Indian journal of veterinary science and animal husbandry - Volume 13,
Year: 1943
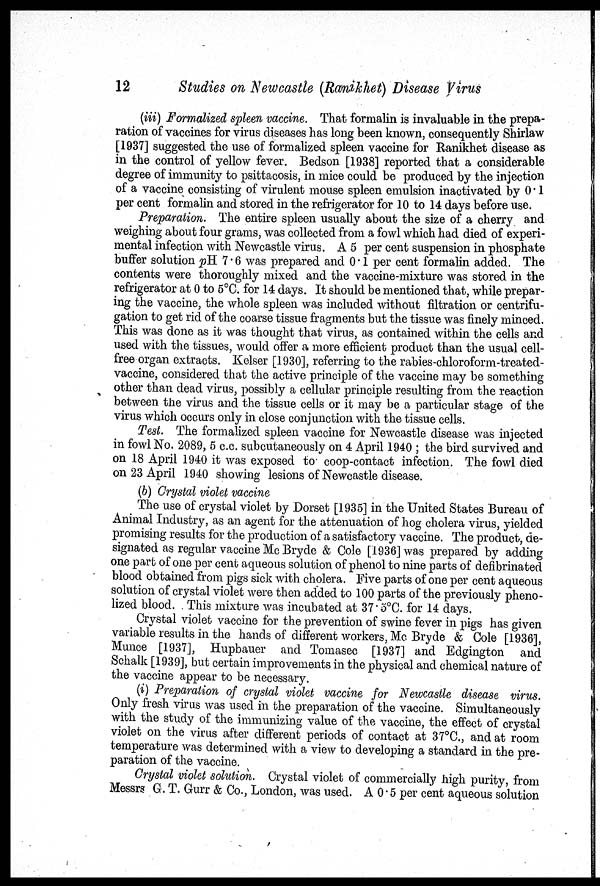
12
Studies on Newcastle (Ranikhet) Disease Virus
(iii) Formalized spleen vaccine. That formalin is invaluable in the prepa-
ration of vaccines for virus diseases has long been known, consequently Shirlaw
[1937] suggested the use of formalized spleen vaccine for Ranikhet disease as
in the control of yellow fever. Bedson [1938] reported that a considerable
degree of immunity to psittacosis, in mice could be produced by the injection
of a vaccine consisting of virulent mouse spleen emulsion inactivated by 0.1
per cent formalin and stored in the refrigerator for 10 to 14 days before use.
Preparation. The entire spleen usually about the size of a cherry and
weighing about four grams, was collected from a fowl which had died of experi-
mental infection with Newcastle virus. A 5 per cent suspension in phosphate
buffer solution pH 7.6 was prepared and 0.1 per cent formalin added. The
contents were thoroughly mixed and the vaccine-mixture was stored in the
refrigerator at 0 to 5°C. for 14 days. It should be mentioned that, while prepar-
ing the vaccine, the whole spleen was included without filtration or centrifu-
gation to get rid of the coarse tissue fragments but the tissue was finely minced.
This was done as it was thought that virus, as contained within the cells and
used with the tissues, would offer a more efficient product than the usual cell-
free organ extracts. Kelser [1930], referring to the rabies-chloroform-treated¬
vaccine, considered that the active principle of the vaccine may be something
other than dead virus, possibly a cellular principle resulting from the reaction
between the virus and the tissue cells or it may be a particular stage of the
virus which occurs only in close conjunction with the tissue cells.
Test. The formalized spleen vaccine for Newcastle disease was injected
in fowl No. 2089, 5 c.c. subcutaneously on 4 April 1940 ; the bird survived and
on 18 April 1940 it was exposed to coop-contact infection. The fowl died
on 23 April 1940 showing lesions of Newcastle disease.
(b) Crystal violet vaccine
The use of crystal violet by Dorset [1935] in the United States Bureau of
Animal Industry, as an agent for the attenuation of hog cholera virus, yielded
promising results for the production of a satisfactory vaccine. The product, de-
signated as regular vaccine Mc Bryde & Cole [1936] was prepared by adding
one part of one per cent aqueous solution of phenol to nine parts of denfirinated
blood obtained from pigs sick with cholera. Five parts of one per cent aqueous
solution of crystal violet were then added to 100 parts of the previously pheno-
lized blood. This mixture was incubated at 37.5°C. for 14 days.
Crystal violet vaccine for the prevention of swine fever in pigs has given
variable results in the hands of different workers, Mc Bryde & Cole [1936],
Munce [1937], Hupbauer and Tomasec [1937] and Edgington and
Schalk [1939], but certain improvements in the physical and chemical nature of
the vaccine appear to be necessary.
(i) Preparation of crystal violet vaccine for Newcastle disease virus.
Only fresh virus was used in the preparation of the vaccine. Simultaneously
with the study of the immunizing value of the vaccine, the effect of crystal
violet on the virus after different periods of contact at 37°C, and at room
temperature was determined with a view to developing a standard in the pre-
paration of the vaccine.
Crystal violet solution. Crystal violet of commercially high purity, from
Messrs G. T. Gurr & Co., London, was used. A 0.5 per cent aqueous solution